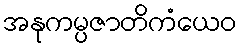
အနုကမ္ပဇာတိကံယေဝ